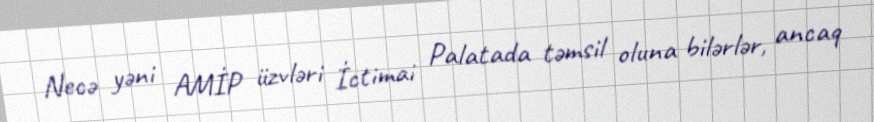
Necə yəni AMİP üzvləri İctimai Palatada təmsil oluna bilərlər, ancaq